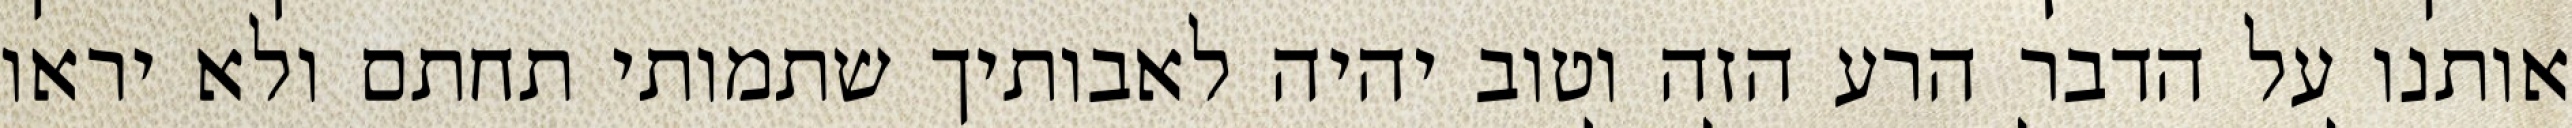
אותנו על הדבר הרע הזה וטוב יהיה לאבותיך שתמותי תחתם ולא יראו